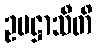
ဥပဋ္ဌာသီတိ